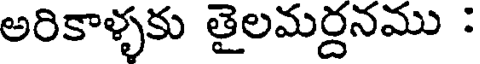
అరికాళ్ళకు తైలమర్దనము :